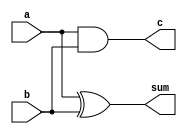
module halfadder // Half Adder
(
	input a,
	input b,
	output sum,
	output c 
);

always @(*) begin
	sum <= a^b;
	c <= a&b;
end

endmodule